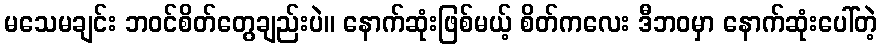
မသေမချင်း ဘဝင်စိတ်တွေချည်းပဲ။ နောက်ဆုံးဖြစ်မယ့် စိတ်ကလေး ဒီဘဝမှာ နောက်ဆုံးပေါ်တဲ့